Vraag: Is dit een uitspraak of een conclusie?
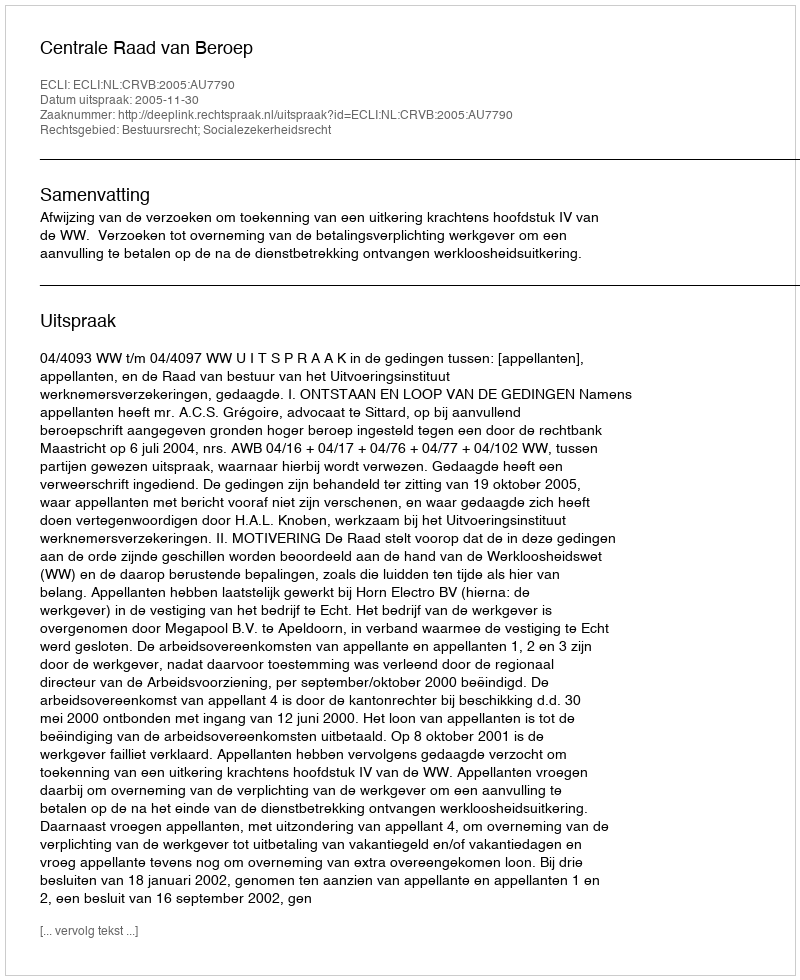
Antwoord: Uitspraak